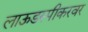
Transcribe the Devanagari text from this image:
लाऊडस्पीकरवर